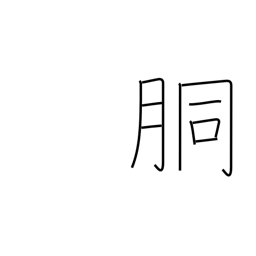
Meaning: trunk